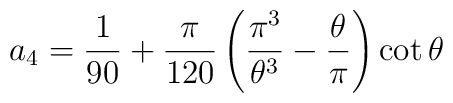
a_{4}=\frac{1}{90}+\frac{\pi}{120}\left(\frac{\pi^{3}}{\theta^{3}}-\frac{\theta}{\pi}\right)\cot\theta